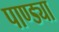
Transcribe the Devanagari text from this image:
पाण्ड्या